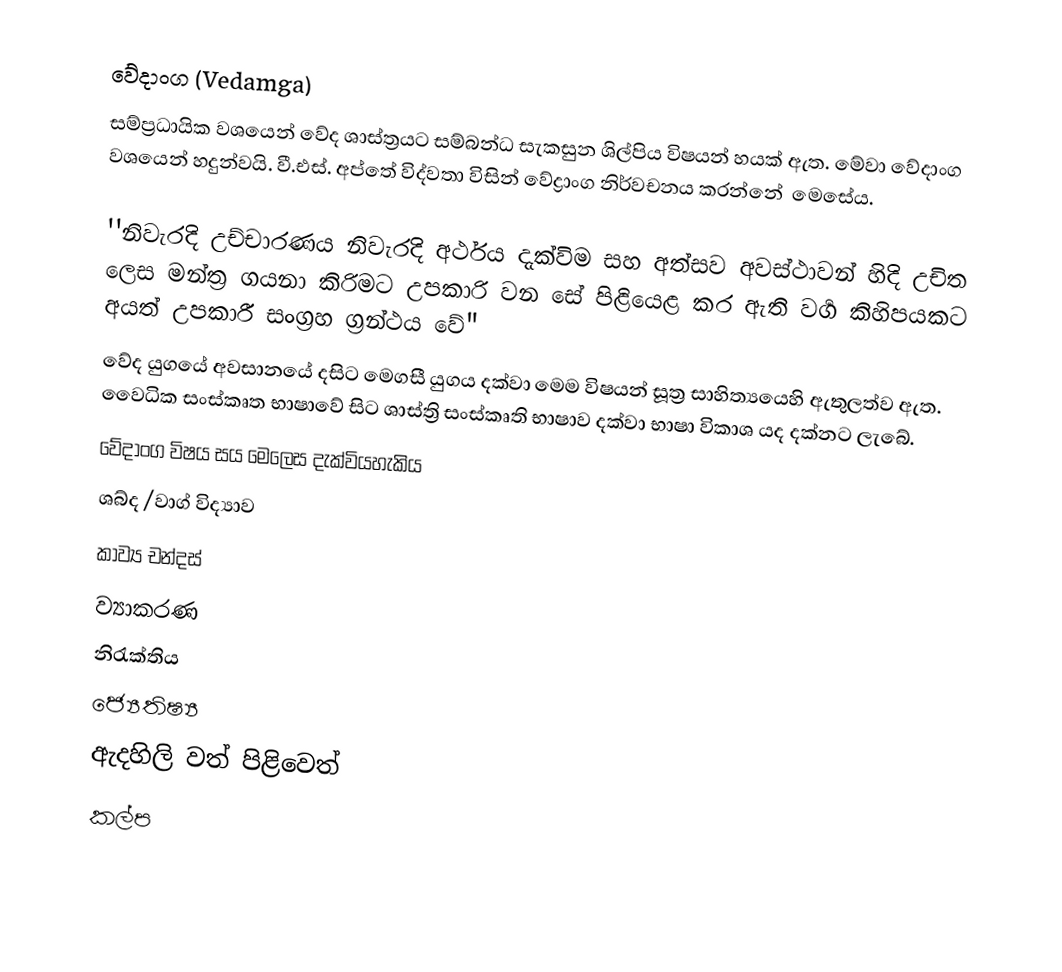
වේදාංග (Vedamga)
සම්ප්‍රධායික වශයෙන් වේද ශාස්ත්‍රයට සම්බන්ධ සැකසුන ශිල්පිය විෂයන් හයක් ඇත. මේවා වේදාංග වශයෙන් හදුන්වයි. වී.එස්. අප්තේ විද්වතා විසින් වේද්‍රාංග නිර්වචනය කරන්නේ ‍ මෙසේය.

''නිවැරදි උච්චාරණය නිවැරදි අර්ථය දැක්විම සහ අත්සව අවස්ථාවන් හිදි  උචිත ලෙස මන්ත්‍ර ගයනා කිරිමට උපකාරි වන සේ පිළියෙළ කර ඇති වර්‍ග කිහිපයකට අයත් උපකාරී සංග්‍රහ ග්‍රන්ථය වේ"
වේද යුගයේ අවසානයේ දසිට මෙගසී යුගය දක්වා මෙම විෂයන් සූත්‍ර සාහිත්‍යයෙහි ඇතුලත්ව ඇත. වෛධික සංස්කෘත භාෂාවේ සිට ශාස්ත්‍රි සංස්කෘති භාෂාව දක්වා භාෂා විකාශ යද දක්නට ලැබේ.
වේදාංග විෂය සය මෙලෙස දැක්වියහැකිය
ශබ්ද /වාග් විද්‍යාව
කාව්‍ය චන්දස්
ව්‍යාකරණ
නිරැක්තිය
ජ්‍යෙතිෂ්‍ය
ඇදහිලි වත් පිළිවෙත්
කල්ප